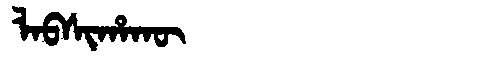
Manchu: ᠯᠠᠪᠰᡳᡥᠠᡴᡡ
Romanization: LABSIHAKŪ